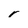
Character: r